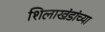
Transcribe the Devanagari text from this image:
शिलाखंडांच्या